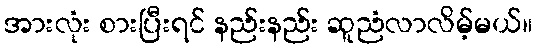
အားလုံး စားပြီးရင် နည်းနည်း ဆူညံလာလိမ့်မယ်။